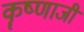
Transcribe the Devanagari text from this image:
कॄष्‍णाजी